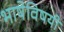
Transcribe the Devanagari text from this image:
भाषेविषयी